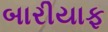
બારીયાફ